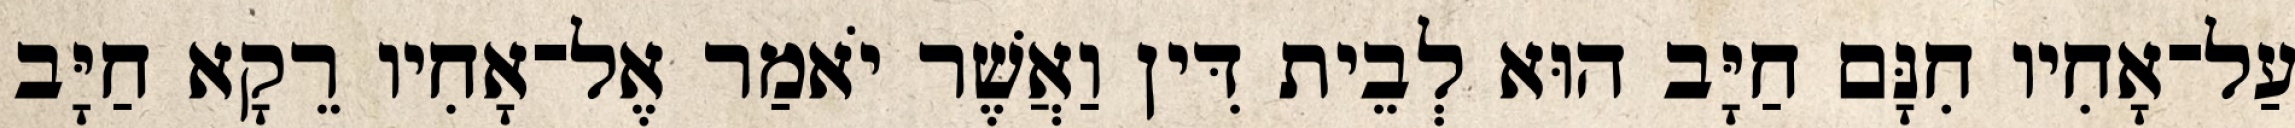
עַל־אָחִיו חִנָּם חַיָּב הוּא לְבֵית דִּין וַאֲשֶׁר יֹאמַר אֶל־אָחִיו רֵקָא חַיָּב